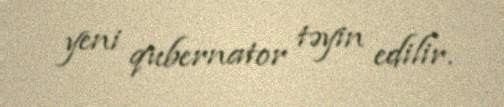
yeni qubernator təyin edilir.